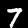
Label: 7